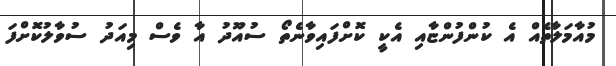
މުއާމަލާތެއް އެ ކުންފުންޏާއި އެކީ ކޮށްފައިވާނެތޯ ސުއޫދު އާ ވެސް މިއަދު ސުވާލުކޮށްފަ